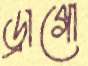
ড্রাগো